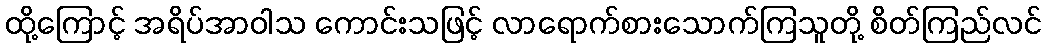
ထို့ကြောင့် အရိပ်အာဝါသ ကောင်းသဖြင့် လာရောက်စားသောက်ကြသူတို့ စိတ်ကြည်လင်